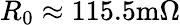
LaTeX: R_{0}\approx 115.5\mathrm{m}\Omega